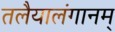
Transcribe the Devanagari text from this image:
तलैयालंगानम्